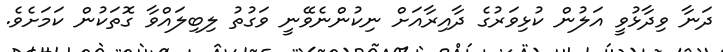
ދަނާ ވިދާޅުވީ އަލުން ކުޅިވަރުގެ ދާއިރާއަށް ނިކުންނެވޭނީ ވަގުތު ލިބިލައްވާ ގޮތަކުން ކަމަށެވެ.